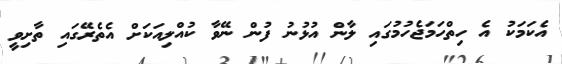
އެކަމަކު އެ ހިތްހަމަޖެހުމުގައި ލާން އުޅުނު ފުން ނޭވާ ކުއްލިއަކަށް އެތެރޭގައި ތާށިވީ